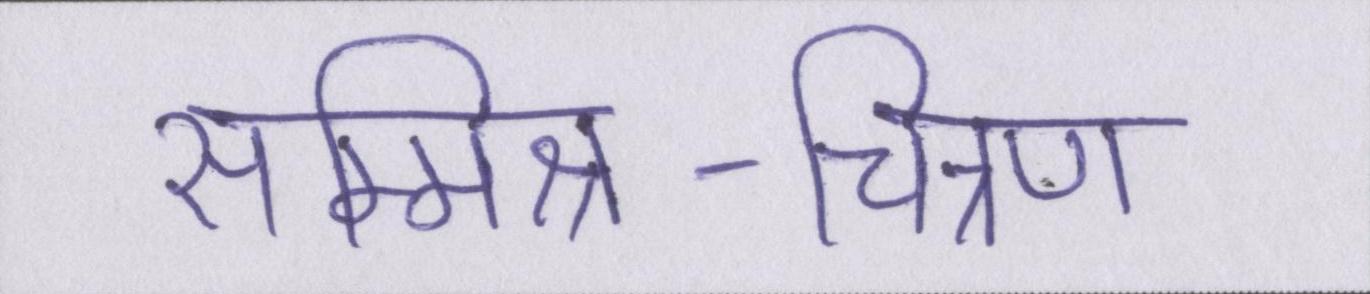
सम्मिश्र-चित्रण